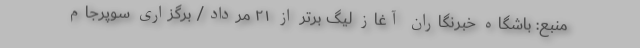
منبع: باشگاه خبرنگاران آغاز لیگ برتر از ۲۱ مرداد/ برگزاری سوپرجام